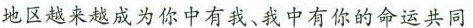
地区越来越成为你中有我、我中有你的命运共同